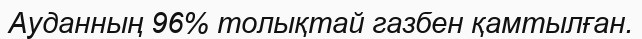
Ауданның 96% толықтай газбен қамтылған.